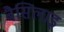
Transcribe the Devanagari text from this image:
बैसिलाइ